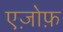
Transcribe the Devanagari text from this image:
एज़ोफ़